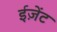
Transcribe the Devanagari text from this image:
ईज़ेंट